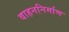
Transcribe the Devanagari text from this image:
वाहननिर्माण